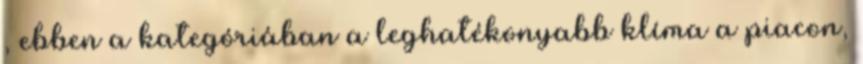
, ebben a kategóriában a leghatékonyabb klíma a piacon,